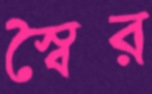
স্বৈর